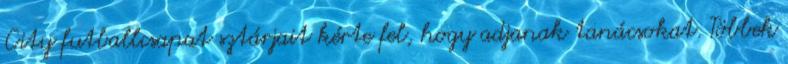
City futballcsapat sztárjait kérte fel, hogy adjanak tanácsokat. Többek